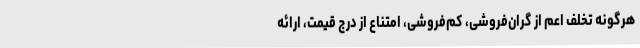
هرگونه تخلف اعم از گران‌فروشی، کم‌فروشی، امتناع از درج قیمت، ارائه